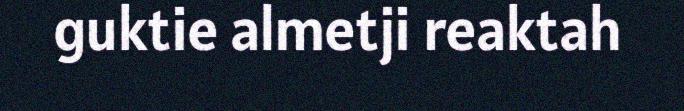
guktie almetji reaktah